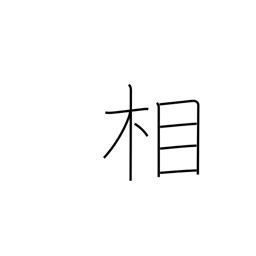
Meaning: aspect